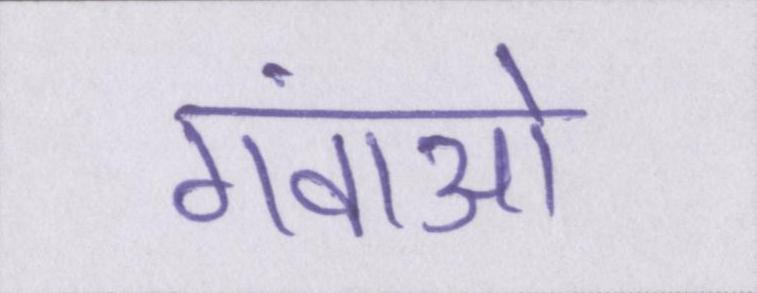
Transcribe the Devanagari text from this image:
गंवाओ